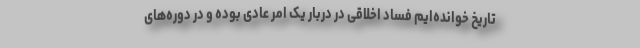
تاریخ خوانده‌ایم فساد اخلاقی در دربار یک امر عادی بوده و در دوره‌های